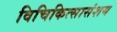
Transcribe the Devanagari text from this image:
विचिकित्सासंशय